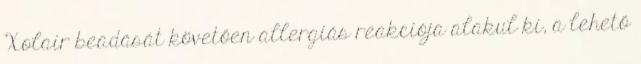
Xolair beadását követően allergiás reakciója alakul ki, a lehető